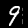
Label: 9